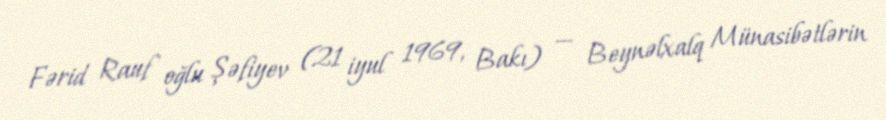
Fərid Rauf oğlu Şəfiyev (21 iyul 1969, Bakı) — Beynəlxalq Münasibətlərin